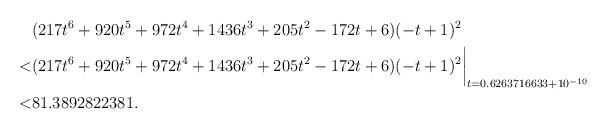
LaTeX: \begin{align*} & (217t^6+920t^5+972t^4+1436t^3+205t^2-172t+6)(-t+1)^2\\ < & (217t^6+920t^5+972t^4+1436t^3+205t^2-172t+6)(-t+1)^2\biggr\rvert_{t=0.6263716633 + 10^{-10}}\\< & 81.3892822381 . \end{align*}